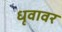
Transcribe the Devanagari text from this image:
धृवावर